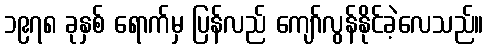
၁၉၇၈ ခုနှစ် ရောက်မှ ပြန်လည် ကျော်လွန်နိုင်ခဲ့လေသည်။